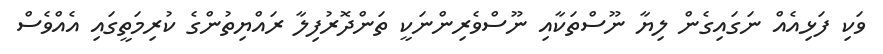
ވަކި ފަޅިއެއް ނަގައިގެން ލިޔާ ނޫސްތަކާއި ނޫސްވެރިންނަކީ ތަންދޮރުފިލާ ރައްޔިތުންގެ ކުރިމަތީގައި އެއްވެސް